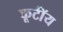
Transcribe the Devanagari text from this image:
कूर्टॉय